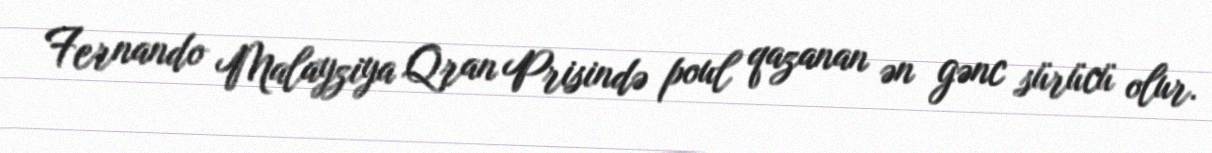
Fernando Malayziya Qran Prisində poul qazanan ən gənc sürücü olur.